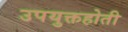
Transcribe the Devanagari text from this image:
उपयुक्तहोती